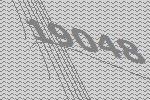
19048